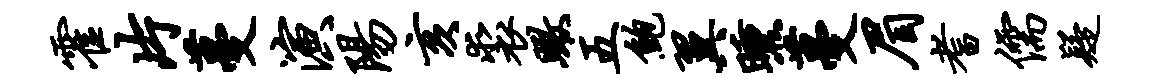
霍片蔓演阳亥裘瞰五鲍翼曛蔓眉耆儒疑